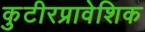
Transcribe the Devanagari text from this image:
कुटीरप्रावेशिक